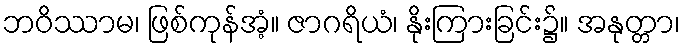
ဘဝိဿာမ၊ ဖြစ်ကုန်အံ့။ ဇာဂရိယံ၊ နိုးကြားခြင်း၌။ အနုတ္တာ၊